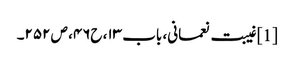
[1] غیبت نعمانی، باب ۱۳، ح۴۶، ص ۲۵۲۔